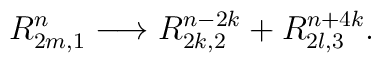
R_{2m,1}^{n} \longrightarrow R_{2k,2}^{n-2k} + R_{2l,3}^{n+4k}.